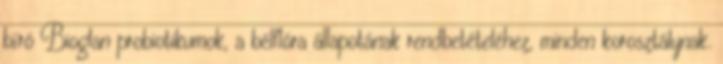
bíró Bioglan probiotikumok, a bélflóra állapotának rendbetételéhez, minden korosztálynak.